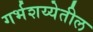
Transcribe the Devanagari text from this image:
गर्भशय्येतील